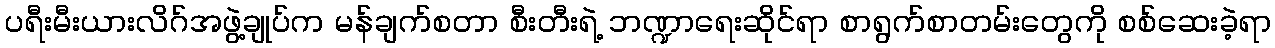
ပရီးမီးယားလိဂ်အဖွဲ့ချုပ်က မန်ချက်စတာ စီးတီးရဲ့ ဘဏ္ဍာရေးဆိုင်ရာ စာရွက်စာတမ်းတွေကို စစ်ဆေးခဲ့ရာ